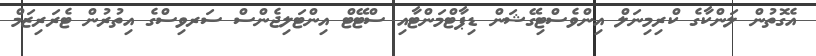
އެގޮތުން ލަންކާގެ ކްރިމިނަލް އިންވެސްޓިގޭޝަން ޑިޕާޓްމަންޓާއި ސްޓޭޓް އިންޓަލިޖެންސް ސަރވިސްގެ އިތުރުން ޓެރަރިޒަމް